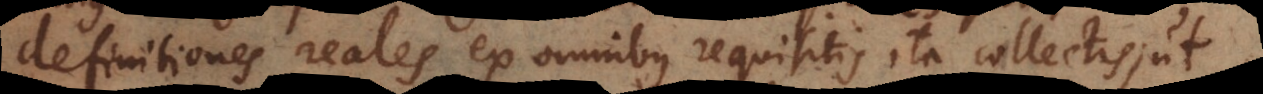
definitiones reales ex omnibus requisitis ita collectis, ut